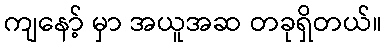
ကျနော့် မှာ အယူအဆ တခုရှိတယ်။